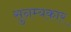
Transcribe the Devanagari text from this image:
सुनम्यकार